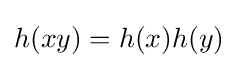
h(xy)=h(x)h(y)